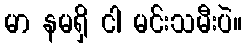
မာ နမရှိ ငါ မင်းသမီးပဲ။